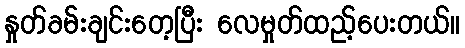
နှုတ်ခမ်းချင်းတေ့ပြီး လေမှုတ်ထည့်ပေးတယ်။